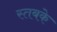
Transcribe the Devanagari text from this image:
स्तबके